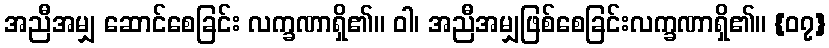
အညီအမျှ ဆောင်စေခြင်း လက္ခဏာရှိ၏။ ဝါ၊ အညီအမျှဖြစ်စေခြင်းလက္ခဏာရှိ၏။ {၀၇}